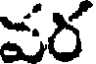
పర